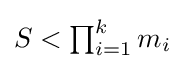
{\textstyle S<\prod _{i=1}^{k}m_{i}}